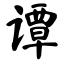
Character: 谭